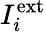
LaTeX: I_{i}^{\mathrm{ext}}